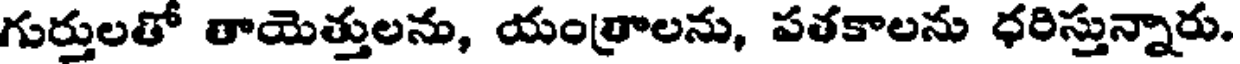
గుర్తులతో తాయెత్తులను, యంత్రాలను, పతకాలను ధరిస్తున్నారు.